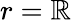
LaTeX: r=\mathbb{R}